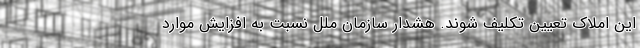
این املاک تعیین تکلیف شوند. هشدار سازمان ملل نسبت به افزایش موارد